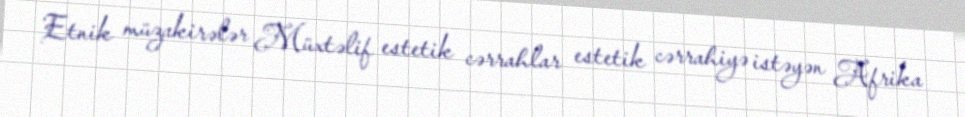
Etnik müzakirələr Müxtəlif estetik cərrahlar estetik cərrahiyə istəyən Afrika